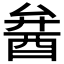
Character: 𨠢